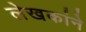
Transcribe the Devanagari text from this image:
लेखकांने